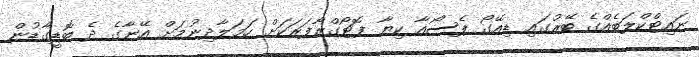
ނައިޓްކްލަބެއްގެ ބޭރުގައި ޑިއޭގޯ ޕެސޯއާ ކިޔާ ފޮޓޯގްރާފަރަކަށް ހަމަލާދިނުމަށް އޭނާގެ ދެ ބޮޑީގާޑުން